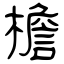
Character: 檐